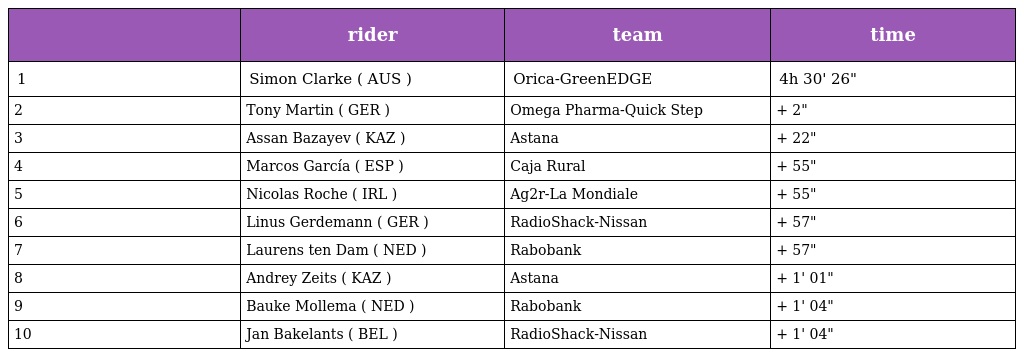
|  | rider | team | time |
 | --- | --- | --- | --- |
 | 1 | Simon Clarke ( AUS ) | Orica-GreenEDGE | 4h 30' 26" |
 | 2 | Tony Martin ( GER ) | Omega Pharma-Quick Step | + 2" |
 | 3 | Assan Bazayev ( KAZ ) | Astana | + 22" |
 | 4 | Marcos García ( ESP ) | Caja Rural | + 55" |
 | 5 | Nicolas Roche ( IRL ) | Ag2r-La Mondiale | + 55" |
 | 6 | Linus Gerdemann ( GER ) | RadioShack-Nissan | + 57" |
 | 7 | Laurens ten Dam ( NED ) | Rabobank | + 57" |
 | 8 | Andrey Zeits ( KAZ ) | Astana | + 1' 01" |
 | 9 | Bauke Mollema ( NED ) | Rabobank | + 1' 04" |
 | 10 | Jan Bakelants ( BEL ) | RadioShack-Nissan | + 1' 04" |